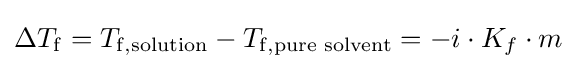
\Delta T_{\rm {f}}=T_{\rm {f,{\text{solution}}}}-T_{\rm {f,{\text{pure solvent}}}}=-i\cdot K_{f}\cdot m